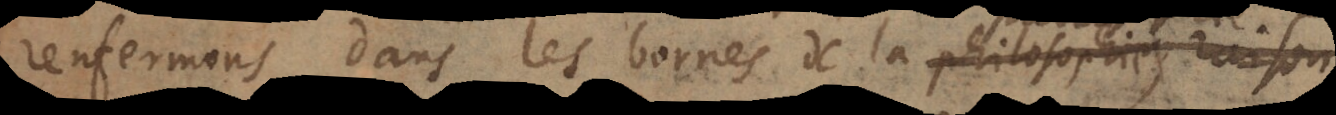
renfermons dans les bornes de la philosophie raison,